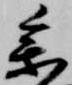
参